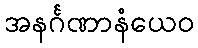
အနင်္ဂဏာနံယေဝ